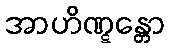
အာဟိဏ္ဋန္တော